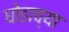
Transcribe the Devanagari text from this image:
घोडाच्या